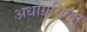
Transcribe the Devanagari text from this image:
अधोग्रसिका